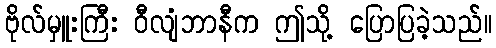
ဗိုလ်မှူးကြီး ဝီလျံဘာနီက ဤသို့ ပြောပြခဲ့သည်။